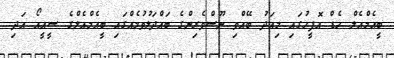
ބީއެމްއެލް ހެޑް އޮފީހުގައި މިއަދު ބޭއްވި ނޫސްވެރިންގެ ބައްދަލުވުމެއްގައި ބީއެމްއެލްގެ ސީއީއޯ އަދި